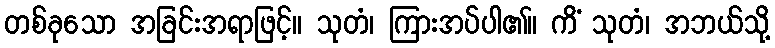
တစ်ခုသော အခြင်းအရာဖြင့်။ သုတံ၊ ကြားအပ်ပါ၏။ ကိံ သုတံ၊ အဘယ်သို့